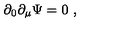
\partial _ { 0 } \partial _ { \mu } \Psi = 0 \ ,